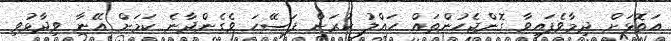
އަތޮޅަށް ދިމާވެފައިވާ ގޮންޖެހުންތައް ހައްލު ކުރަން ފަސޭހަ ވެގެންދާނެ ކަމަށް އޭނާ ވިދާޅުވި